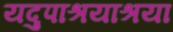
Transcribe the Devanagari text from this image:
यदुपाश्रयाश्रया